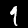
Label: 9